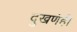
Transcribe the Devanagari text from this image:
दुखणेही